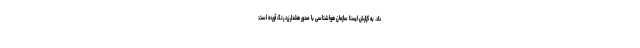
داد. به گزارش ایسنا سازمان هواشناسی با صدور هشدار زرد رنگ آورده است: